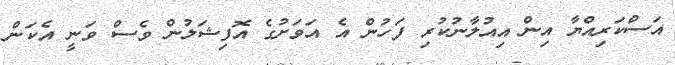
އަސްކަރިއްޔާ އިން އިއުލާނުކުރި ފަހުން އެ އަވަށުގެ އޮފިޝަލުން ވެސް ވަނީ އެކަން